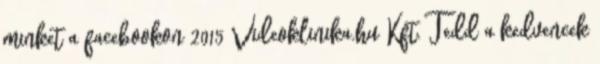
minket a facebookon 2015 Videoklinika.hu Kft. Tedd a kedvencek